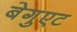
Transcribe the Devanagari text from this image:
बेगुएट